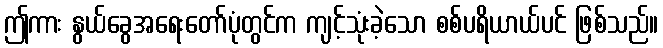
ဤကား နွယ်ခွေအရေးတော်ပုံတွင်က ကျင့်သုံးခဲ့သော စစ်ပရိယာယ်ပင် ဖြစ်သည်။